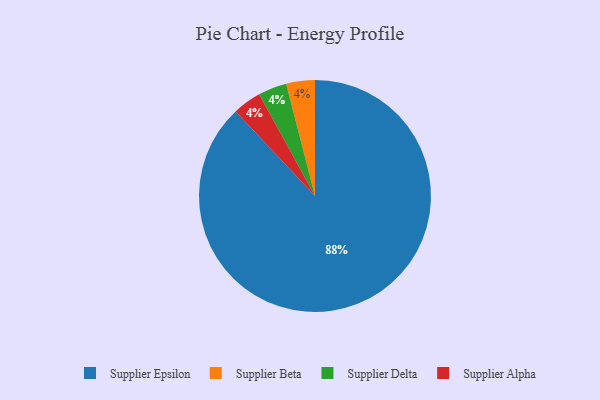
{"axis": {"x": "Category", "y": "Percentage"}, "legend": ["Supplier Alpha", "Supplier Beta", "Supplier Delta", "Supplier Epsilon"], "data": [{"x": "Supplier Beta", "y": 4, "type": "Supplier Beta"}, {"x": "Supplier Delta", "y": 4, "type": "Supplier Delta"}, {"x": "Supplier Epsilon", "y": 88, "type": "Supplier Epsilon"}, {"x": "Supplier Alpha", "y": 4, "type": "Supplier Alpha"}]}